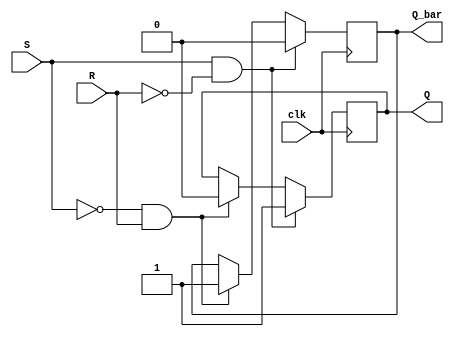
module Gated_SR_flip_flop (
    input wire clk,
    input wire S,
    input wire R,
    output reg Q,
    output reg Q_bar
);

always @(posedge clk) begin
    if (S && !R) begin
        Q <= 1'b1;
        Q_bar <= 1'b0;
    end else if (!S && R) begin
        Q <= 1'b0;
        Q_bar <= 1'b1;
    end else begin
        Q <= Q;
        Q_bar <= Q_bar;
    end
end

endmodule